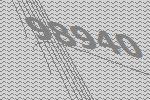
98940